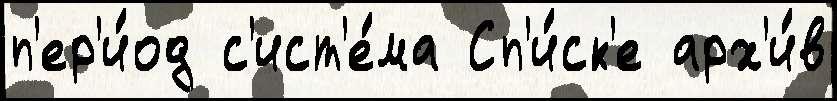
п'ер'и́од с'ист'е́ма Сп'и́ск'е арх'и́в